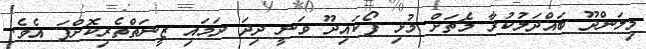
މިލަންދޫ ބައްދަލުކުރާ މެޗަށް މުޅި ފޯކައިދޫ ވަނީ ދިދަ ދަމައި ޒީނަތްތެރިކޮށްފަ އެވެ.